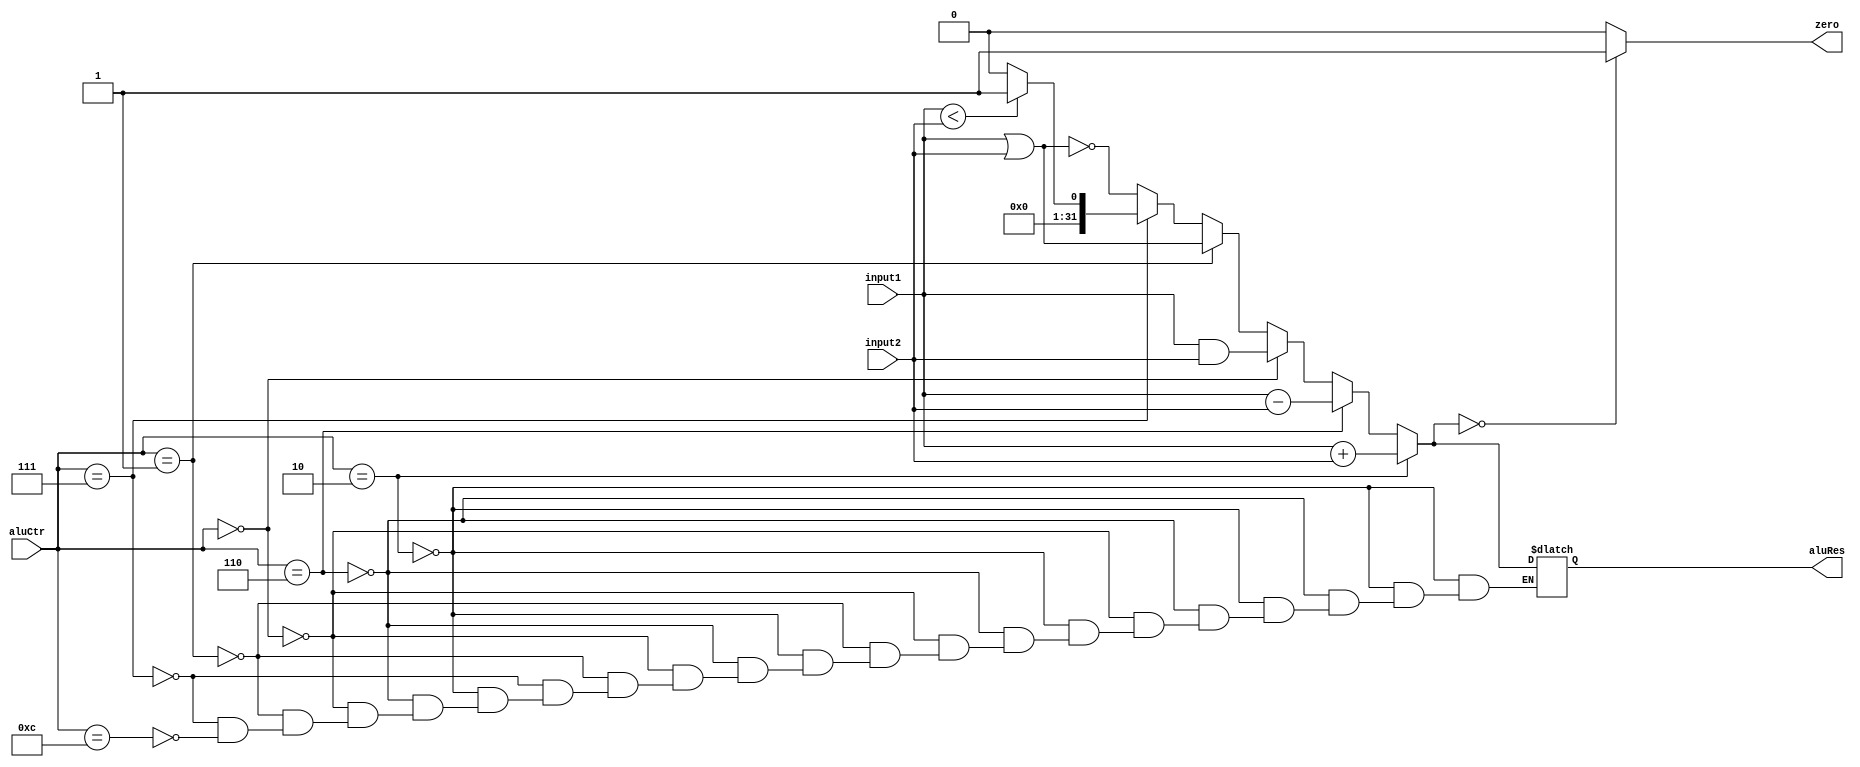
`timescale 1ns / 1ps
//////////////////////////////////////////////////////////////////////////////////
// Company: 
// Engineer: 
// 
// Design Name: 
// Module Name: ALU
// Project Name: 
// Target Devices: 
// Tool Versions: 
// Description: 
// 
// Dependencies: 
// 
// Revision:
// Revision 0.01 - File Created
// Additional Comments:
// 
//////////////////////////////////////////////////////////////////////////////////


module ALU(
    input [31:0] input1,
    input [31:0] input2,
    input [3:0] aluCtr,
    output zero,
    output [31:0] aluRes
    );
    reg Zero;
    reg [31:0] ALURes;
    
    always @ (input1 or input2 or aluCtr)
    begin
        if (aluCtr == 4'b0010) // add
            ALURes = input1 + input2;
        else if (aluCtr == 4'b0110) // sub
            ALURes = input1 - input2;
        else if (aluCtr == 4'b0000) // and
            ALURes = input1 & input2;
        else if (aluCtr == 4'b0001) //or
            ALURes = input1 | input2;
        else if (aluCtr == 4'b0111) // set on less than
            begin
                if (input1 < input2)
                    ALURes = 1;
                else
                    ALURes = 0;
            end
        else if (aluCtr == 4'b1100) // nor
            ALURes = ~(input1 | input2);
        if (ALURes == 0)
            Zero = 1;
        else 
            Zero = 0;
    end
    assign aluRes = ALURes;
    assign zero = Zero;
endmodule